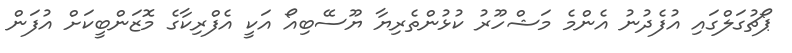
ޕޯޗުގަލްގައި އުފެދުނު އެންމެ މަޝްހޫރު ކުޅުންތެރިޔާ ޔޫސޭބިއޯ އަކީ އެފްރިކާގެ މޮޒަންބީކަށް އުފަން